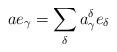
LaTeX: \begin{align*}a e_{\gamma}=\sum_{\delta} a_{\gamma}^{\delta} e_{\delta}\end{align*}